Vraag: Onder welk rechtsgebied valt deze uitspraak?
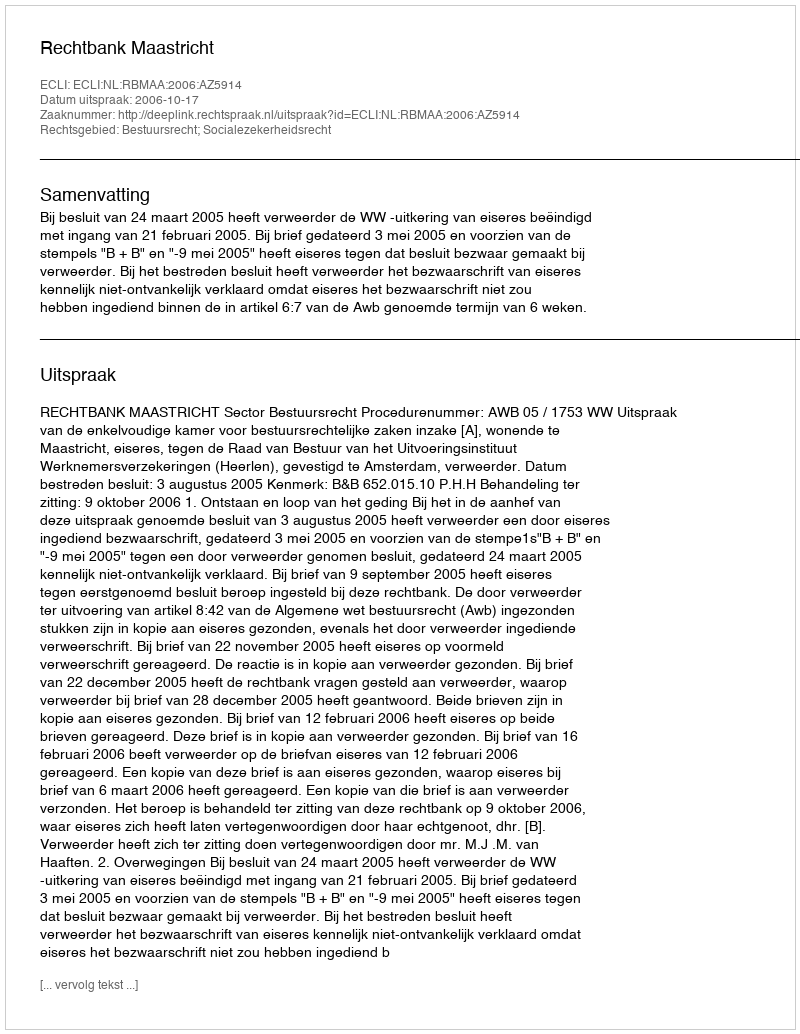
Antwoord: Bestuursrecht; Socialezekerheidsrecht